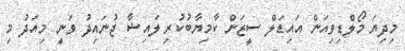
މިދިޔަ މޯލްޑިވިއަން އައިޑަލް ސީޒަން ކާމިޔާބުކުރި ލައިޝާ ޖުނައިދު ވަނީ މިއަދު މި